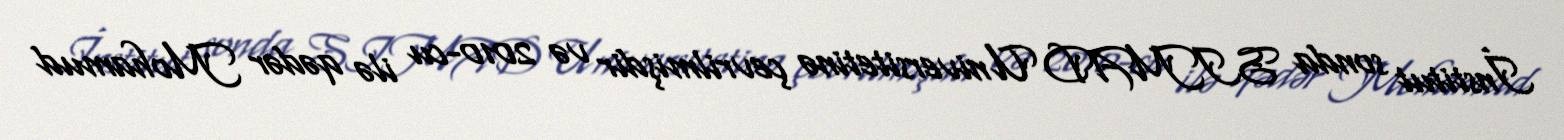
İnstitut sonda SIMAD Universitetinə çevrilmişdir və 2010-cu ilə qədər Mohamud